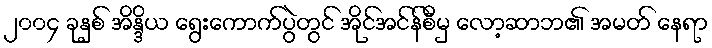
၂၀၀၄ ခုနှစ် အိန္ဒိယ ရွေးကောက်ပွဲတွင် အိုင်အင်န်စီမှ လော့ဆာဘ၏ အမတ် နေရာ